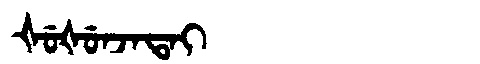
Manchu: ᡧᡠᡧᡠᠨᠵᠠᡨᠠᡳ
Romanization: ŠUŠUNJATAI